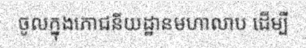
ចូលក្នុងភោជនីយដ្ឋានមហាលាប ដើម្បី